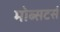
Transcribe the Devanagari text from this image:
मोब्सटर्स